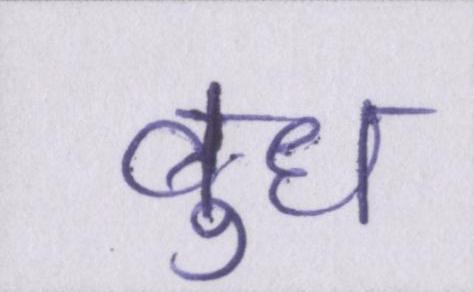
बुध